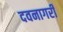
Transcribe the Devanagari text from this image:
दवनागरी